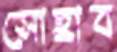
সোহ্রাব